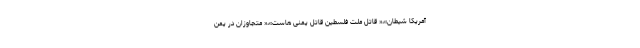
آمریکا شیطان»،« قاتل ملت فلسطین قاتل یمنی هاست»،« متجاوزان در یمن